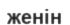
женін